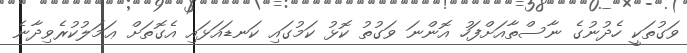
ވަގުތަކީ ހެދުނުގެ ނާސްތާއަށްފަހު އޮންނަ ވަގުތު ކޮޅު ކަމުގައި ކަނޑައަޅައި އެގޮތަށް ޢަމަލުކުރެވިދާނެ